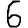
Digit: 6